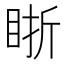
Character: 䀿